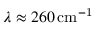
\lambda \approx 2 6 0 \, \mathrm { c m ^ { - 1 } }